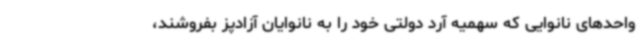
واحدهای نانوایی که سهمیه آرد دولتی خود را به نانوایان آزادپز بفروشند،